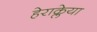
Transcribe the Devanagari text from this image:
हेराक्लेया